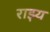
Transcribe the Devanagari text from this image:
राझ्य